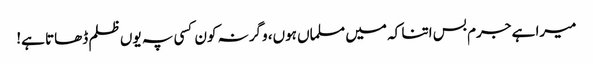
میرا ہے جرم بس اتنا کہ میں مسلماں ہوں، وگرنہ کون کسی پہ یوں ظلم ڈھاتا ہے!